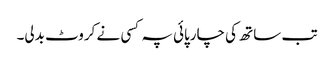
تب ساتھ کی چارپائی پہ کسی نے کروٹ بدلی۔